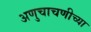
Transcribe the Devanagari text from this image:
अणुचाचणीच्या